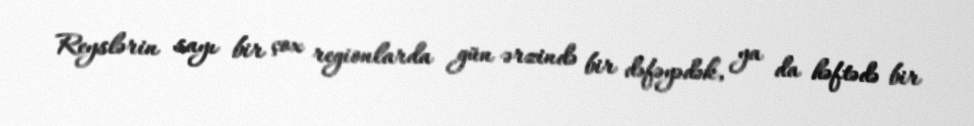
Reyslərin sayı bir çox regionlarda gün ərzində bir dəfəyədək, ya da həftədə bir